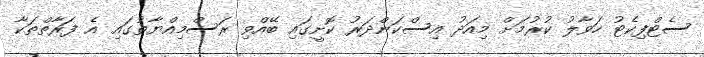
ސެޓްފިކެޓު ހަވާލު ކުރުމަށް މިއަދު އިސްކަންދަރު ކޮށީގައި ބޭއްވި ރަސްމިއްޔާތުގައި އެ ފަރާތްތަކާ